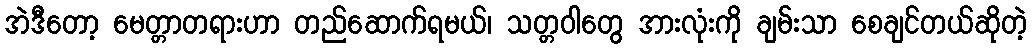
အဲဒီတော့ မေတ္တာတရားဟာ တည်ဆောက်ရမယ်၊ သတ္တဝါတွေ အားလုံးကို ချမ်းသာ စေချင်တယ်ဆိုတဲ့